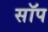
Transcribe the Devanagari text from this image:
सॉप